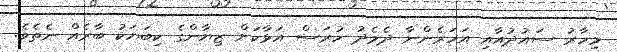
މިހާރު ސައުދުއާއި އަހަރެންނާ ދެމެދު ހުރަސް އަޅާކަށް ޒިޔާންގެ ކިބަޔަކު ބާރެއް ނެތެވެ.